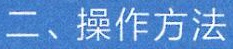
二、操作方法